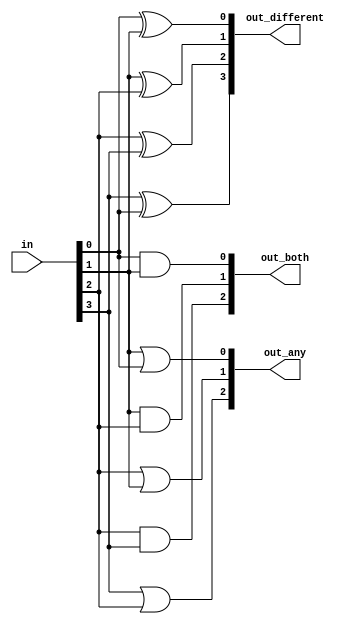
module top_module( 
    input [3:0] in,
    output [2:0] out_both,
    output [3:1] out_any,
    output [3:0] out_different
);

genvar i;
generate
    for (i = 0; i < 4; i = i + 1) begin: solve_block
        if (i == 0) begin
            assign out_both[i]      = in[i] & in[i+1];
            assign out_different[i] = in[i] ^ in[i+1]; 
        end
        else if (i == 3) begin
            assign out_any[i]       = in[i] | in[i-1];
            assign out_different[i] = in[i] ^ in[0];
        end
        else begin
            assign out_both[i]      = in[i] & in[i+1];
            assign out_different[i] = in[i] ^ in[i+1]; 
            assign out_any[i]       = in[i] | in[i-1];
        end
    end
endgenerate

endmodule